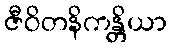
ဇီဝိတနိကန္တိယာ